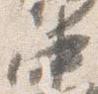
中